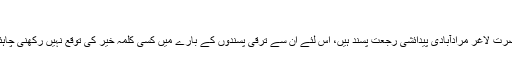
"
حضرت لاغر مرادآبادی پیدائشی رجعت پسند ہیں، اس لئے ان سے ترقی پسندوں کے بارے میں کسی کلمہ خیر کی توقع نہیں رکھنی چاہئے۔